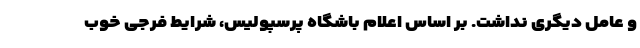
و عامل دیگری نداشت. بر اساس اعلام باشگاه پرسپولیس، شرایط فرجی خوب